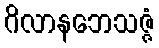
ဂိလာနဘေသဇ္ဇံ